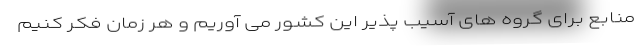
منابع برای گروه های آسیب پذیر این کشور می آوریم و هر زمان فکر کنیم